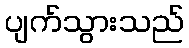
ပျက်သွားသည်